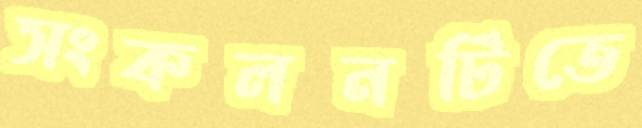
সংকলনটিতে